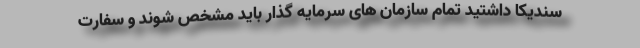
سندیکا داشتید تمام سازمان های سرمایه گذار باید مشخص شوند و سفارت